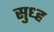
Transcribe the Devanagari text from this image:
सुध्ह